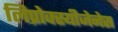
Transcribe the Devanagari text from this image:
लिप्रोक्स्यीजेनेस